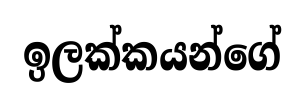
ඉලක්කයන්ගේ